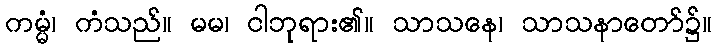
ကမ္မံ၊ ကံသည်။ မမ၊ ငါဘုရား၏။ သာသနေ၊ သာသနာတော်၌။